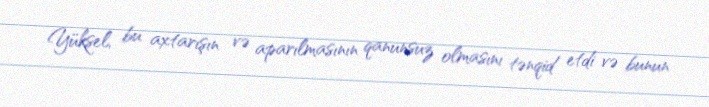
Yüksel, bu axtarışın və aparılmasının qanunsuz olmasını tənqid etdi və bunun